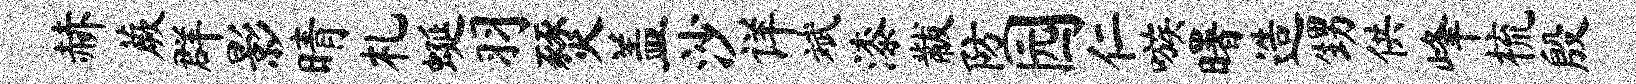
赫蕨群影晴札蜒羽燹盖沙详斌漆黻防园仁嗾曙造甥供峰梳殷